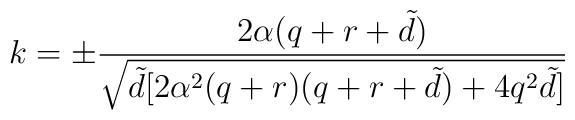
k=\pm\frac{2\alpha (q+r+{\tilde d})}{\sqrt{{\tilde d}[2\alpha ^{2}(q+r)(q+r+{\tilde d})+4q^{2}{\tilde d}]}}